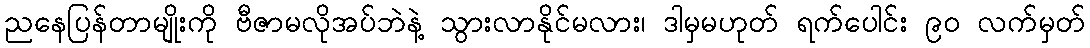
ညနေပြန်တာမျိုးကို ဗီဇာမလိုအပ်ဘဲနဲ့ သွားလာနိုင်မလား၊ ဒါမှမဟုတ် ရက်ပေါင်း ၉၀ လက်မှတ်